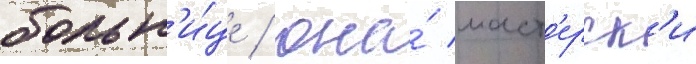
больн'и́це / она́ маст'ерск'и